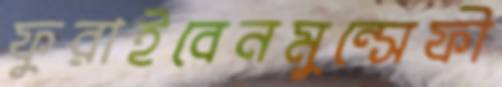
ফুরাইবেনমুন্সেফী